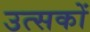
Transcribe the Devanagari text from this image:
उत्सकों